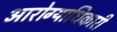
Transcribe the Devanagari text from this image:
आरोग्याधिकारी